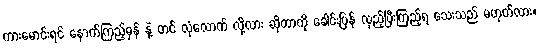
ကားမောင်းရင် နောက်ကြည့်မှန် နဲ့ တင် လုံလောက် လို့လား ဆိုတာကို ခေါင်းပြန် လှည့်ပြီးကြည့်ရ သေးသည် မဟုတ်လား။